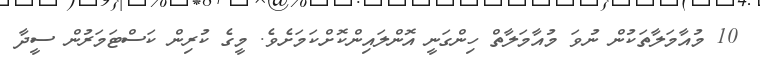
10 މުއާމަލާތަކުން ނުވަ މުއާމަލާތް ހިންގަނީ އޮންލައިންކޮށްކަމަށެވެ. މީގެ ކުރިން ކަސްޓަމަރުން ސީދާ